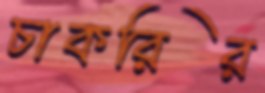
চাকরির